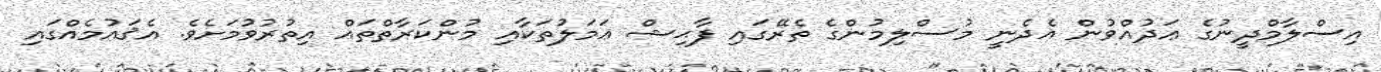
އިސްލާމްދީނުގެ ޢަދުއްވުން އެދެނީ މުސްލިމުންގެ ތެރޭގައި ފާޙިޝް ޢަމަލުތަކާއި މުންކަރާތްތައް އިތުރުވުމަށެވެ. އެޤައުމެއްގައި